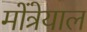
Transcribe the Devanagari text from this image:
मोंत्रेयाल